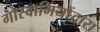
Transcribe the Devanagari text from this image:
गोस्वामियोंद्वारा